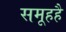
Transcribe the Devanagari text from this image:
समूहहै